Document type: Testament
Year: 1300
Scribe: Bonanat d'Esparreguera
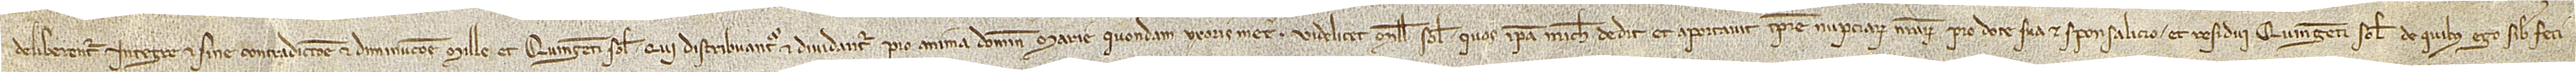
deliberentur integre et sine contradictione et diminucione mille et quingenti solidos qui distribuantur et dividantur pro anima domine Marie, quondam, uxoris mee, videlicet, mille solidos quos ipsa michi dedit et aportavit tempore nupciarum nostrarum pro dote sua et sponsalicio, et residui quingenti solidos de quibus ego sibi feci